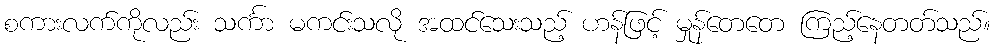
စကားလက်ကိုလည်း သင်္ကာ မကင်းသလို အထင်သေးသည့် ဟန်ဖြင့် မှုန်တေတေ ကြည့်နေတတ်သည်။